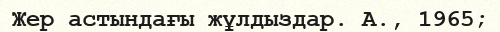
Жер астындағы жұлдыздар. А., 1965;